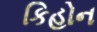
કિહોન